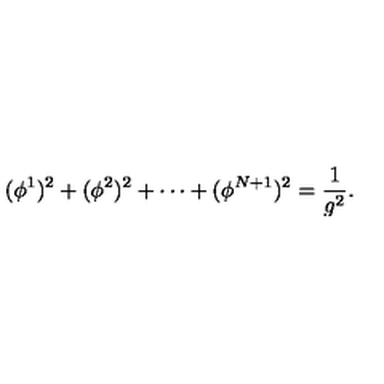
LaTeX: ( \phi ^ { 1 } ) ^ { 2 } + ( \phi ^ { 2 } ) ^ { 2 } + \cdots + ( \phi ^ { N + 1 } ) ^ { 2 } = \frac { 1 } { g ^ { 2 } } .